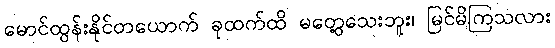
မောင်ထွန်းနိုင်တယောက် ခုထက်ထိ မတွေ့သေးဘူး၊ မြင်မိကြသလား